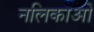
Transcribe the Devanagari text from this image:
नलिकाआें